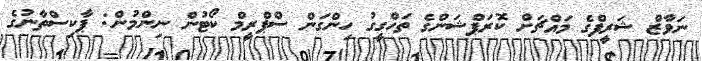
ނަވާޒް ޝަރީފްގެ މައްޗަށް ކޮރަޕްޝަންގެ ތަހްގީގު ހިންގަން ސްޕްރީމް ކޯޓުން ނިންމުން: ޕާކިސްތާނުގެ